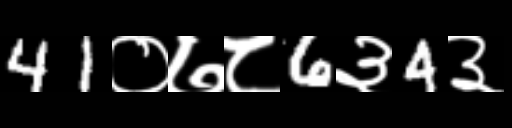
Text: 41०७८6३4३